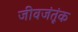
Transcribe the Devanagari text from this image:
जीवजंतूंक